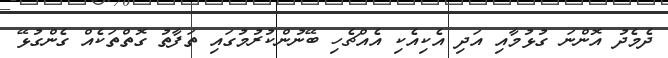
ދެމެދު އޮންނަ ގުޅުމާއި އަދި އެކިއެކި އެއްޗެހި ބޭނުންކުރުމުގައި ތަފާތު ގޮތްތަކެއް ގެންގުޅޭ